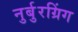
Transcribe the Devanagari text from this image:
नुर्बुरग्रिंग